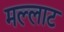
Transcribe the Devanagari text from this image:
मल्लाट